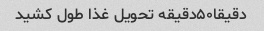
دقیقا۵۰دقیقه تحویل غذا طول کشید